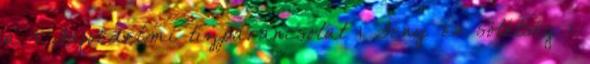
a. 1 Fajvédelmi tízparancsolat 1 Fény és sötétség 1